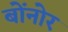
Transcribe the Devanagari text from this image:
बोंनोर